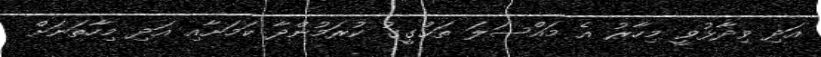
އަދި ވިދާޅުވީ މިހާރު އެ މައްސަލަ ތަޙްގީގު ކުރަމުންދާ ކަމަށާއި އަދި މިހާތަނަށް